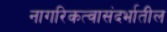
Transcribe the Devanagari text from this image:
नागरिकत्वासंदर्भातील